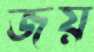
জয়